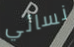
نسائي